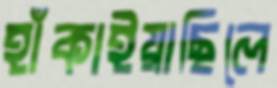
হাঁকাইয়াছিলে